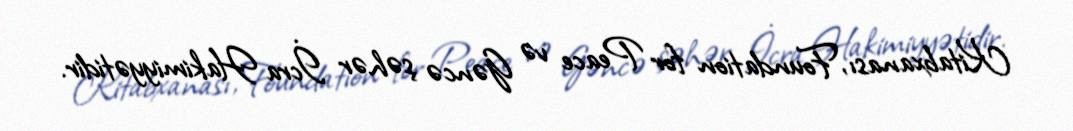
Kitabxanası, Foundation for Peace və Gəncə şəhər İcra Hakimiyyətidir.